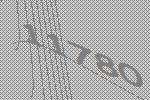
11780